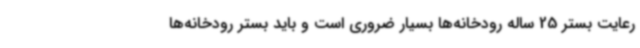
رعایت بستر 25 ساله رودخانه‌ها بسیار ضروری است و باید بستر رودخانه‌ها